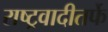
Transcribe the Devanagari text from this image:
राष्ट्रवादीतर्फे